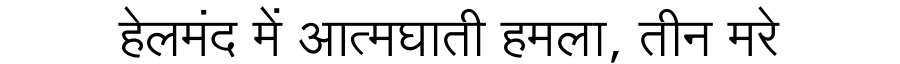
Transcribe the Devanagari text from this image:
हेलमंद में आत्मघाती हमला, तीन मरे